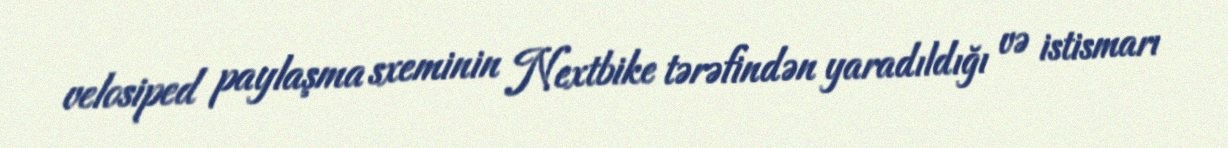
velosiped paylaşma sxeminin Nextbike tərəfindən yaradıldığı və istismarı